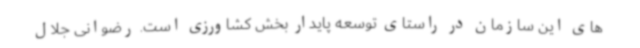
های این سازمان در راستای توسعه پایدار بخش کشاورزی است. رضوانی جلال